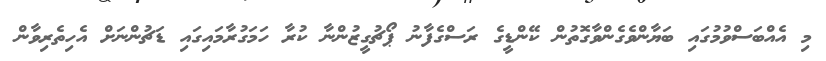
މި އެއްބަސްވުމުގައި ބަޔާންވެގެންވާގޮތުން ކޭންޑީގެ ރަސްގެފާނު ޕޯޗުގީޒުންނާ ކުރާ ހަމަގުރާމައިގައި ޑަޗުންނަށް އެހިތެރިވާން